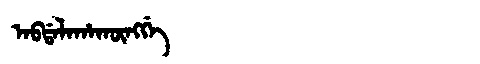
Manchu: ᠠᠪᡩᠠᠯᠠᡥᠠᡴᡡᠩᡤᡝ
Romanization: ABDALAHAKŪNGGE